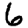
Digit: 6